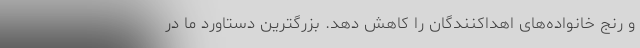
و رنج‌ خانواده‌های اهداکنندگان را کاهش دهد. بزرگترین دستاورد ما در